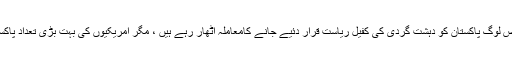
پاکستانی سفیر نے ایک سوال کا جواب دیتے ہوئے کہا کہ واشنگٹن کے مخصوص لوگ پاکستان کو دہشت گردی کی کفیل ریاست قرار دئیے جانے کامعاملہ اٹھار رہے ہیں ، مگر امریکیوں کی بہت بڑی تعداد پاکستان کو دہشت گردی کے خلاف جنگ میں اپنے اتحادی کےطور پر دیکھتی ہے۔